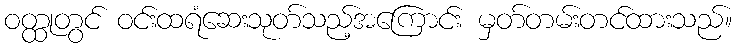
ဝတ္ထုတွင် ဝင်းထရံဆေးသုတ်သည့်အကြောင်း မှတ်တမ်းတင်ထားသည်။